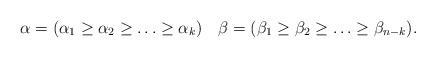
LaTeX: \begin{align*}\alpha = (\alpha_1\ge \alpha_2\ge \ldots \ge \alpha_k)\quad\beta = (\beta_1\ge \beta_2 \ge \ldots \ge \beta_{n-k}).\end{align*}